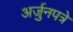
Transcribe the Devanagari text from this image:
अर्जुनपत्रे